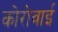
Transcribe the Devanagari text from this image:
कोरोवाई